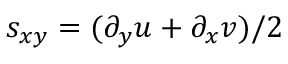
s _ { x y } = ( \partial _ { y } u + \partial _ { x } v ) / 2